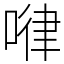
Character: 𠷈